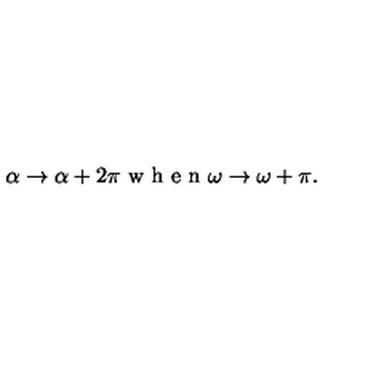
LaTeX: \alpha \rightarrow \alpha + 2 \pi \textrm { w h e n } \omega \rightarrow \omega + \pi .